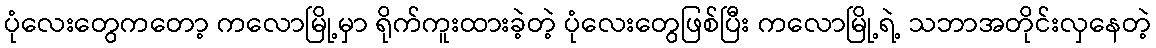
ပုံလေးတွေကတော့ ကလောမြို့မှာ ရိုက်ကူးထားခဲ့တဲ့ ပုံလေးတွေဖြစ်ပြီး ကလောမြို့ရဲ့ သဘာအတိုင်းလှနေတဲ့